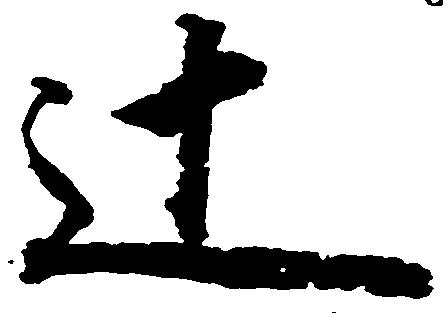
辻